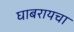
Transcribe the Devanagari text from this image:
घाबरायचा